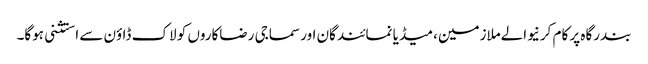
بندرگاہ پر کام کرنیوالےملازمین، میڈیا نمائندگان اور سماجی رضاکاروں کو لاک ڈاؤن سے استثنی ہوگا۔